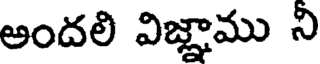
అందలి విజ్ఞాము ని